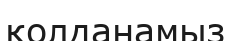
қолданамыз